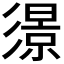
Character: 𢒬